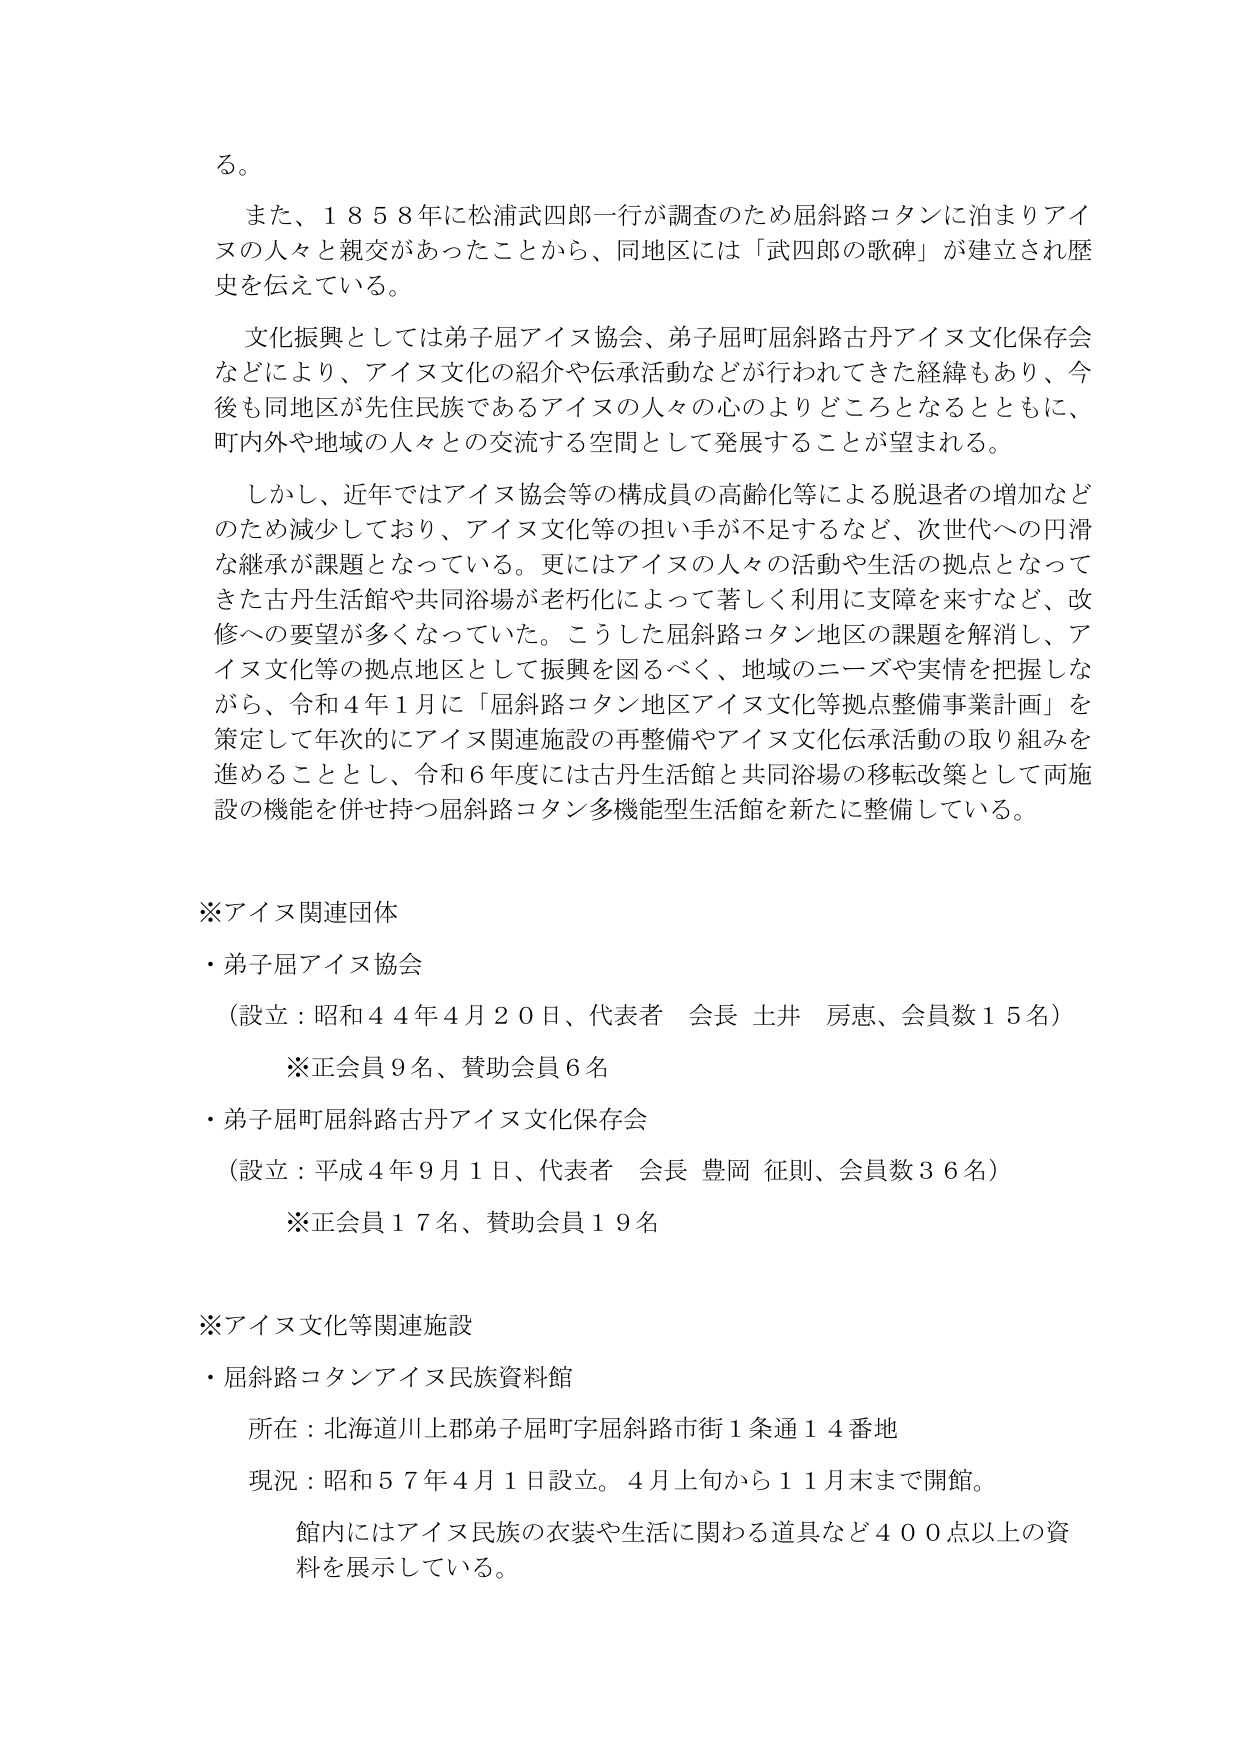
る。

また、１８５８年に松浦武四郎一行が調査のため屈斜路コタンに泊まりアイヌの人々と親交があったことから、同地区には「武四郎の歌碑」が建立され歴史を伝えている。

文化振興としては弟子屈アイヌ協会、弟子屈町屈斜路古丹アイヌ文化保存会などにより、アイヌ文化の紹介や伝承活動などが行われてきた経緯もあり、今後も同地区が先住民族であるアイヌの人々の心のよりどころとなるとともに、町内外や地域の人々との交流する空間として発展することが望まれる。

しかし、近年ではアイヌ協会等の構成員の高齢化等による脱退者の増加などのため減少しており、アイヌ文化等の担い手が不足するなど、次世代への円滑な継承が課題となっている。更にはアイヌの人々の活動や生活の拠点となってきた古丹生活館や共同浴場が老朽化によって著しく利用に支障を来すなど、改修への要望が多くなっていた。こうした屈斜路コタン地区の課題を解消し、アイヌ文化等の拠点地区として振興を図るべく、地域のニーズや実情を把握しながら、令和４年１月に「屈斜路コタン地区アイヌ文化等拠点整備事業計画」を策定して年次的にアイヌ関連施設の再整備やアイヌ文化伝承活動の取り組みを進めることとし、令和６年度には古丹生活館と共同浴場の移転改築として両施設の機能を併せ持つ屈斜路コタン多機能型生活館を新たに整備している。

※アイヌ関連団体
・弟子屈アイヌ協会
（設立：昭和４４年４月２０日、代表者 会長 土井 房恵、会員数１５名）
　※正会員９名、賛助会員６名
・弟子屈町屈斜路古丹アイヌ文化保存会
（設立：平成４年９月１日、代表者 会長 豊岡 征則、会員数３６名）
　※正会員１７名、賛助会員１９名

※アイヌ文化等関連施設
・屈斜路コタンアイヌ民族資料館
　所在：北海道川上郡弟子屈町字屈斜路市街１条通１４番地
　現況：昭和５７年４月１日設立。４月上旬から１１月末まで開館。
　　館内にはアイヌ民族の衣装や生活に関わる道具など４００点以上の資料を展示している。